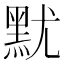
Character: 𪐤